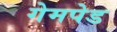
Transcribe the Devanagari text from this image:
गेमपेड